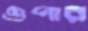
ওপার